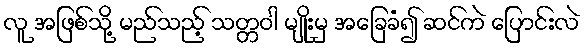
လူ အဖြစ်သို့ မည်သည့် သတ္တဝါ မျိုးမှ အခြေခံ၍ ဆင်ကဲ ပြောင်းလဲ